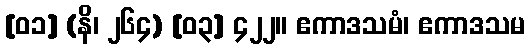
[၀၁] (နိ၊ ၂၆၄) [၀၃] ၄၂၂။ ဧကာဒသမံ၊ ဧကာဒသမ